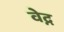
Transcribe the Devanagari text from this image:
वेद्न